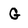
Character: G